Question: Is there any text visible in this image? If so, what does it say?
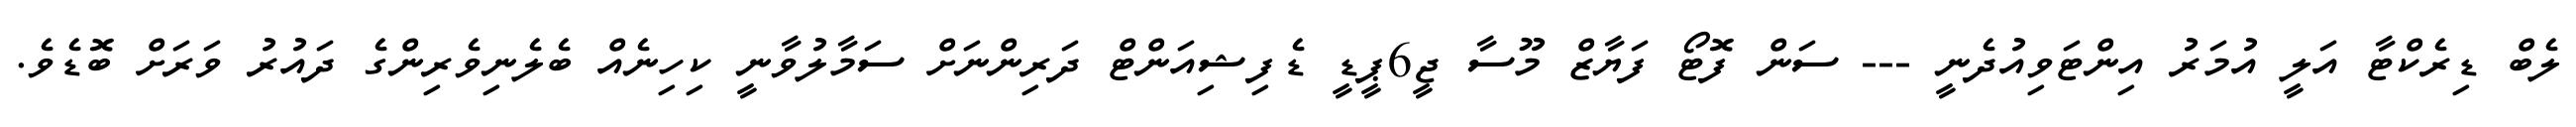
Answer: ލެބް ޑިރެކްޓާ އަލީ އުމަރު އިންޓަވިއުދެނީ --- ސަން ފޮޓޯ ފަޔާޒް މޫސާ ޖީ6ޕީޑީ ޑެފިޝިއަންޓް ދަރިންނަށް ސަމާލުވާނީ ކިހިނެއް ބެލެނިވެރިންގެ ދައުރު ވަރަށް ބޮޑެވެ.